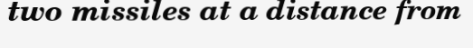
two missiles at a distance from